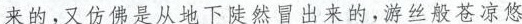
来的。又仿佛是从地下陡冒出来的，游丝般苍凉悠